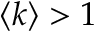
\langle k \rangle > 1